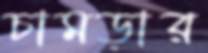
চামড়ার